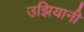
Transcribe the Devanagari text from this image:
उझियानी